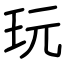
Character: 玩